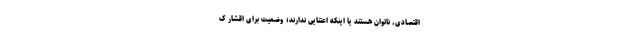
اقتصادی، ناتوان هستند یا اینکه اعتنایی ندارند؛ وضعیت برای اقشار ک